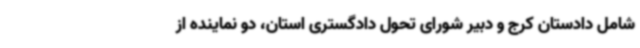
شامل دادستان کرج و دبیر شورای تحول دادگستری استان، دو نماینده از